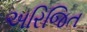
અરિજિત